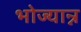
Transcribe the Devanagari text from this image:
भोज्यान्न